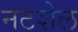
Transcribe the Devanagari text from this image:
नटशेल